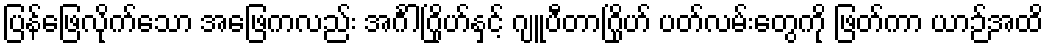
ပြန်ဖြေလိုက်သော အဖြေကလည်း အင်္ဂါဂြိုဟ်နှင့် ဂျူပီတာဂြိုဟ် ပတ်လမ်းတွေကို ဖြတ်ကာ ယာဉ်အထိ